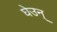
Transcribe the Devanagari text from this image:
घेउन्